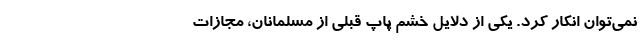
نمی‌توان انکار کرد. یکی از دلایل خشم پاپ قبلی از مسلمانان، مجازات